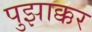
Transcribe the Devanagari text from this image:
पुझाक्कर